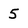
Character: 5